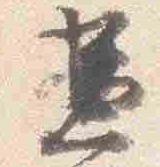
兼